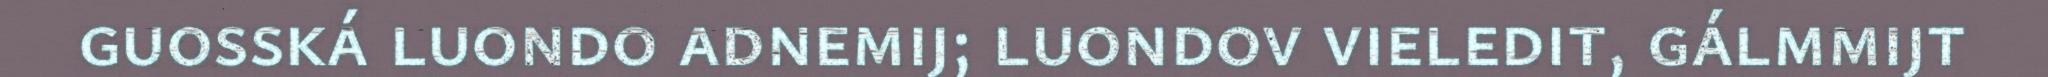
guosská luondo adnemij; luondov vieledit, gálmmijt